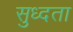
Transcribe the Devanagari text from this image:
सुध्दता